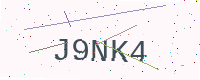
Text: J9NK4